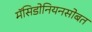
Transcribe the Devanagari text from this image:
मॅसिडोनियनसोबत